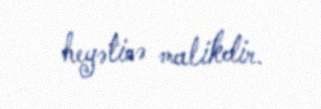
heyətinə malikdir.